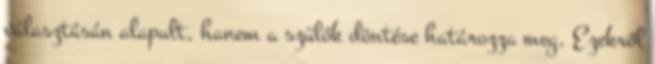
választásán alapult, hanem a szülők döntése határozza meg. Ezekről